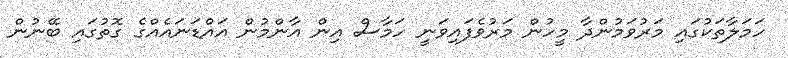
ހަމަލާތަކުގައި މަރުވަމުންދާ މީހުން މަރުވެފައިވަނީ ހަމާސް އިން އާންމުން އައްޑަނައެއްގެ ގޮތުގައި ބޭނުން